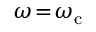
\omega \! = \! \omega _ { \mathrm { c } }